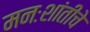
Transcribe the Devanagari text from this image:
मनःशांतीचे